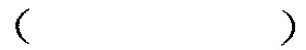
()